Insane asylums in Bengal annual reports 1867-1875 - 1867-1875
Year: 1867
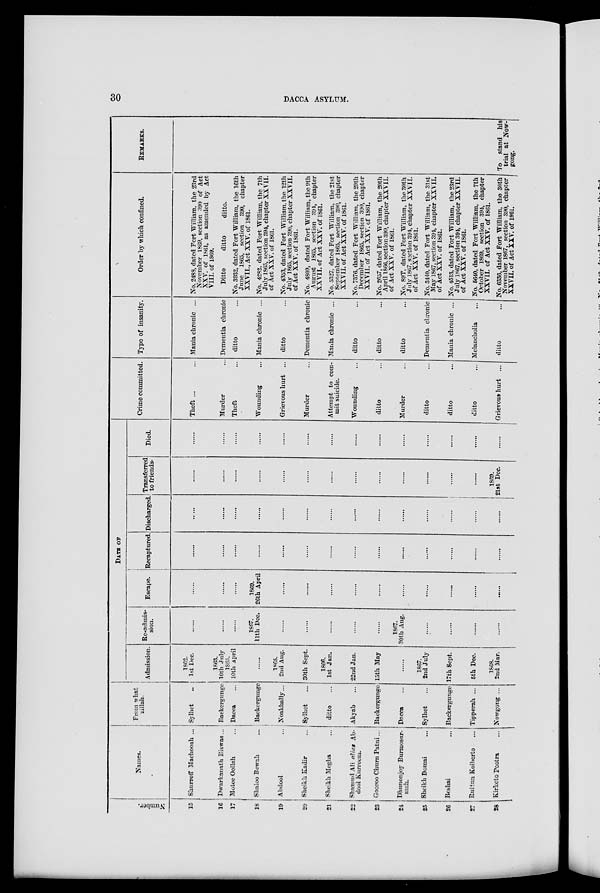
30
DACCA ASYLUM.
Number.
15
16
17
18
19
20
21
22
23
24
25
26
27
28
Names.
Shurreff Machooah ...
Dwarkanath Biswas ...
Motee Oollah ...
Shaloo Bewah ...
Abdool ...
Sheikh Kadir ...
Sheikh Megha ...
Shamud Ali alias Ab-
dool Kurreem.
Gooroo Churn Patni ...
Dhunonjoy Burinosur-
mah.
Sheikh Domai ...
Beshai ...
Ruttun Koiberto ...
Kirketo Pootra ...
From what
zillah.
Sylhet ...
Backergunge
Dacca ...
Backergunge
Noakhally ...
Sylhet ...
ditto ...
Akyab ...
Backergunge
Dacca ...
Sylhet ...
Backergunge
Tipperah ...
Nowgong ...
DATE OF
Admission.
1862.
1st Dec.
1863.
10th July
1865.
10th April
......
1865.
2nd Aug.
30th Sept.
1866.
1st Jan.
22nd Jan.
15th May
......
1867.
2nd July
17th Sept.
5th Dec.
1868.
2nd Mar.
Re-admis-
sion.
......
......
......
1867.
11th Dec.
......
......
......
......
......
1867.
30th Aug.
......
......
......
......
Escape.
......
......
......
1869.
26th April
......
......
......
......
......
......
......
......
......
......
Recaptured.
......
......
......
......
......
......
......
......
......
......
......
......
......
......
Discharged.
.....
......
......
......
......
......
......
......
......
......
......
......
......
......
Transferred
to friends.
......
......
......
......
......
......
......
......
......
......
......
......
......
1869.
21st Dec.
Died.
......
......
......
......
......
......
......
......
......
......
......
......
......
......
Crime committed.
Theft ... ...
Murder ...
Theft ...
Wounding ...
Grievous hurt ...
Murder ...
Attempt to com-
mit suicide.
Wounding ...
ditto ...
Murder ...
ditto ...
ditto ...
ditto ...
Grievous hurt ...
Type of insanity.
Mania chronic ...
Dementia chronic
ditto ...
Mania chronic ...
ditto ...
Dementia chronic
Mania chronic ...
ditto ...
ditto ...
ditto ...
Dementia chronic
Mania chronic ...
Melancholia ...
ditto ...
Order by which confined.
No. 2488, dated Fort William, the 23rd
November 1869, section 390 of Act
XXV. of 1861, as amended by Act
VIII. of 1869.
Ditto
ditto
ditto.
No. 3932, dated Fort William, the 16th
June 1865, section 390, chapter
XXVII., Act XXV. of 1861.
No. 4282, dated Fort William, the 7th
July 1865, section 394, chapter XXVII.
of Act XXV. of 1861.
No. 4353, dated Fort William, the 12th
July 1865, section 390, chapter XXVII.
of Act XXV. of 1861.
No. 4809, dated Fort William, the 9th
August 1865, section 394, chapter
XXVII. of Act XXV. of 1861.
No. 5327, dated Fort William, the 21st
September 1865, section 390, chapter
XXVII. of Act XXV. of 1861.
No. 7376, dated Fort William, the 29th
December 1865, section 390, chapter
XXVII. of Act XXV. of 1861.
No. 2657, dated Fort William, the 20th
April 1866, section 390, chapter XXVII.
of Act XXV. of 1861.
No. 89T, dated Fort William, the 30th
July 1867, section 394, chapter XXVII.
of Act XXV. of 1861.
No. 3440, dated Fort William, the 31st
May 1867, section 394, chapter XXVII.
of Act XXV. of 1861.
No. 4513, dated Fort William, the 23rd
July 1867, section 394, chapter XXVII.
of Act XXV. of 1861.
No. 5640, dated Fort William, the 7th
October 1869, section 394, chapter
XXVII. of Act XXV. of 1861.
No. 6336, dated Fort William, the 30th
November 1867, section 390, chapter
XXVII. of Act XXV. of 1861.
REMARKS.
To stand his
trial at Now-
gong.